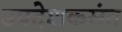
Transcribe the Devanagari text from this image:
उपदेशकसंत